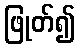
ဖြုတ်၍